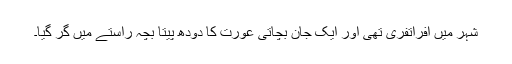
شہر میں افراتفری تھی اور ایک جان بچاتی عورت کا دودھ پیتا بچہ راستے میں گر گیا۔